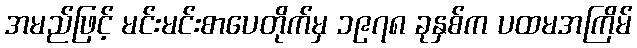
အမည်ဖြင့် မင်းမင်းစာပေတိုက်မှ ၁၉၇၈ ခုနှစ်က ပထမအကြိမ်